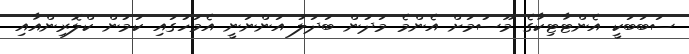
ސަބަބަކީ އެންޓާޓިކާގެ މޫސުމަށް އެންމެ މަދުން ބަދަލު އަންނަނީ އެމަހުގައި ކަމުން ކްލޮރިންއާއި